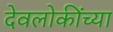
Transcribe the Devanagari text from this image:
देवलोकींच्या